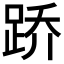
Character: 𫏋